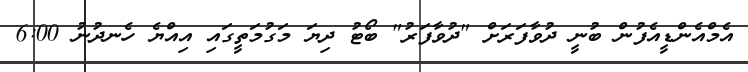
އެމްއެންޑީއެފުން ބުނީ ދުވާފަރަށް "ދުވާފަރު" ބޯޓު ދިޔަ މަގުމަތީގައި އިއްޔެ ހެނދުނު 6:00